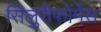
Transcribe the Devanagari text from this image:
सिलुरीफोर्मेस